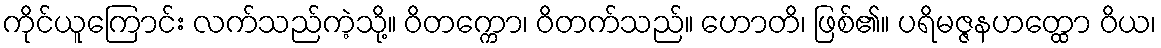
ကိုင်ယူကြောင်း လက်သည်ကဲ့သို့။ ဝိတက္ကော၊ ဝိတက်သည်။ ဟောတိ၊ ဖြစ်၏။ ပရိမဇ္ဇနဟတ္ထော ဝိယ၊